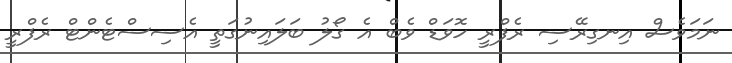
ނަމަވެސް އިނގިރޭސި ރެފްރީ ހޮވަޑް ވެބް އެ ގޯލު ބަލައިނުގަތީ އެސިސްޓެންޓް ރެފްރީ